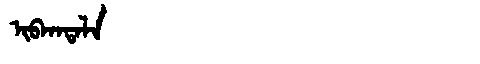
Manchu: ᡳᠪᡴᠠᡨᠠᠯᠠ
Romanization: IBKATALA